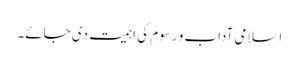
اسلامی آداب و رسوم کی اہمیت دی جائے۔